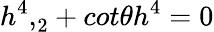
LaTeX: {{h^{4}},}_{2}+cot{\theta}h^{4}=0